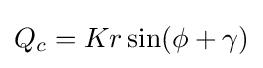
{\textstyle Q_{c}=Kr\sin(\phi +\gamma )}